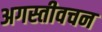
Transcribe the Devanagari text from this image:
अगस्तीवचन